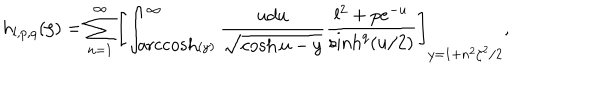
LaTeX: h _ { l , p , q } ( \zeta ) = \sum _ { n = 1 } ^ { \infty } \left[ \int _ { \mathrm { a r c c o s h } ( y ) } ^ { \infty } \frac { u d u } { \sqrt { \cosh u - y } } \frac { l ^ { 2 } + p e ^ { - u } } { \sinh ^ { q } ( u / 2 ) } \right] _ { y = 1 + n ^ { 2 } \zeta ^ { 2 } / 2 } ,